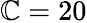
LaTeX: \mathbb{C}=20